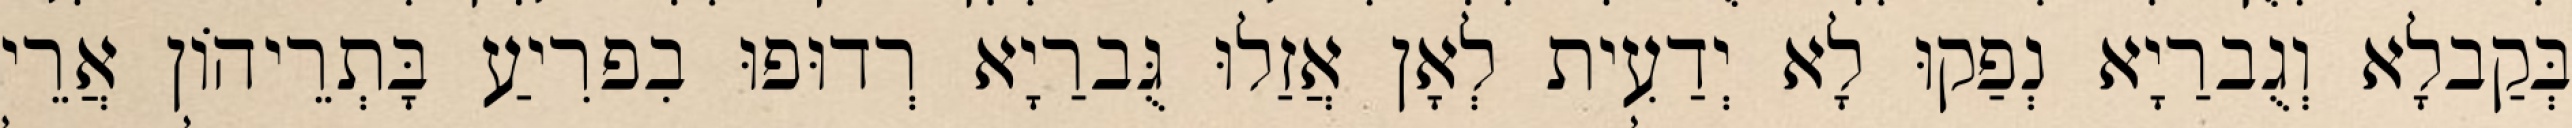
בְּקַבלָא וְגֻברַיָא נְפַקוּ לָא יְדַעִית לְאָן אֲזַלוּ גֻּברַיָא רְדוּפוּ בִפרִיעַ בָּתְרֵיהוֹן אֲרֵי